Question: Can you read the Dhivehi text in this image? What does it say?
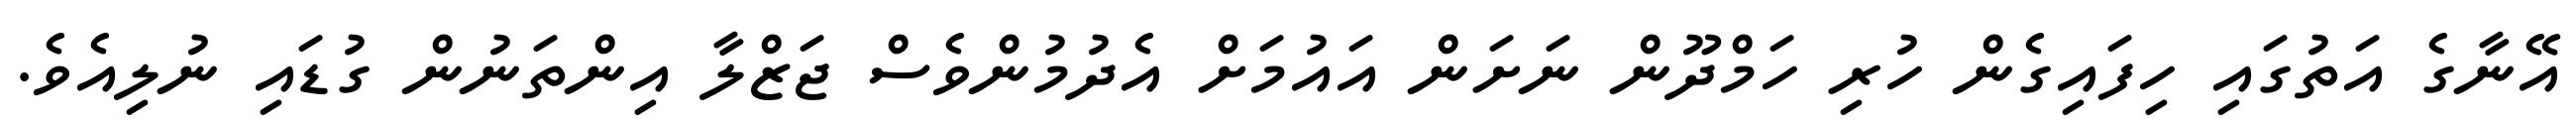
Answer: އޭނާގެ އަތުގައި ހިފައިގެން ހުރި ހަމްދޫން ނަށަން އައުމަށް އެދުމުންވެސް ޖަޒްލާ އިންތަނުން ގުޑައި ނުލިއެވެ.